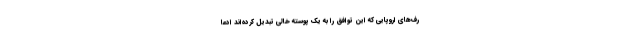
رف‌های اروپایی که این توافق را به یک پوسته خالی تبدیل کرده‌اند ادعا